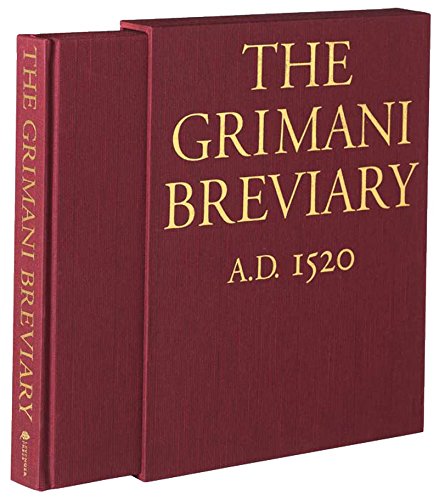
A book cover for The Grimani Breviary: Reproduced from the Illuminated Manuscript Belonging to the Biblioteca Marciana, Venice; Gian Lorenzo Mellini; Arts & Photography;